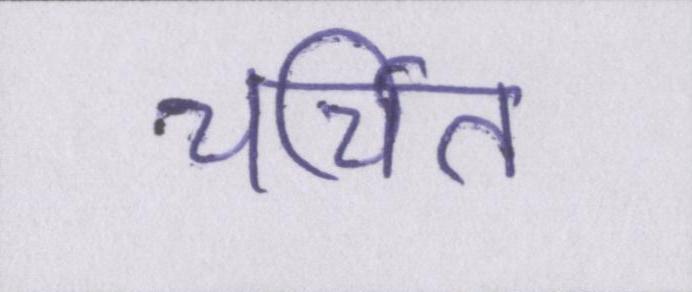
चर्चित